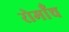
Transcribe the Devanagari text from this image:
रोमाँच